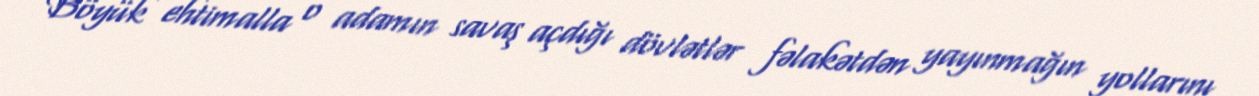
Böyük ehtimalla o adamın savaş açdığı dövlətlər fəlakətdən yayınmağın yollarını